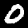
Label: 0